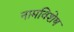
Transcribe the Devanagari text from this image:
नामविशेष